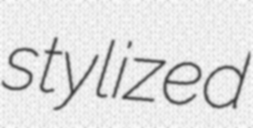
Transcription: stylized